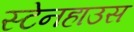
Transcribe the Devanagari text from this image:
स्टेनहाउस